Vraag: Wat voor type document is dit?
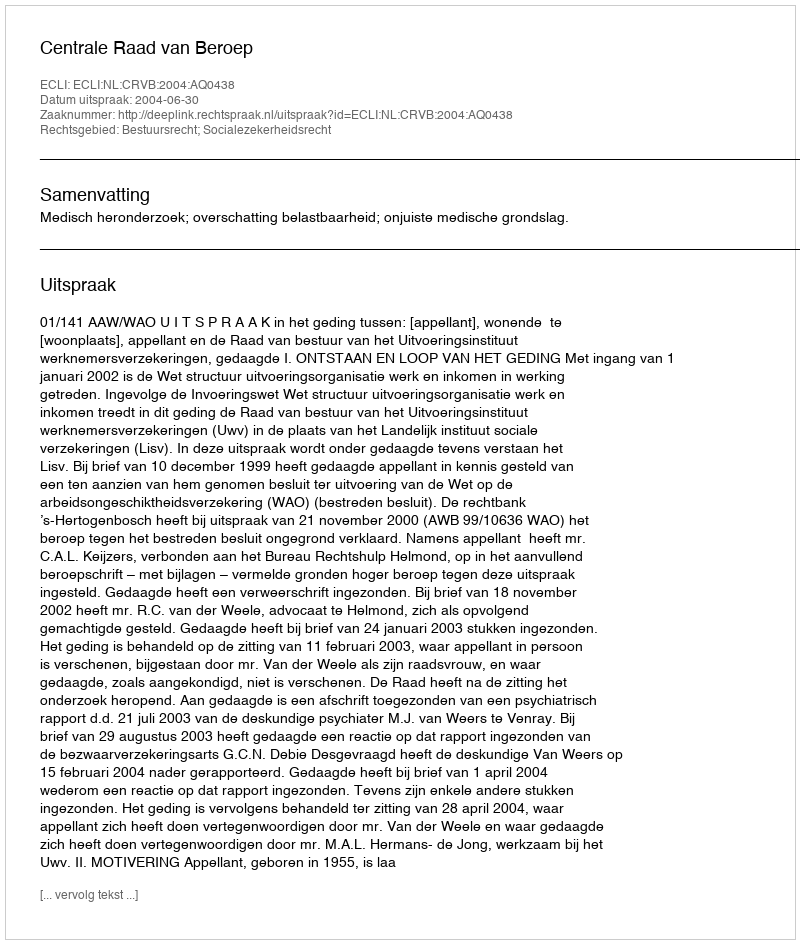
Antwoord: Uitspraak